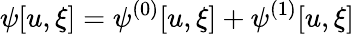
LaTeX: \psi[u,\xi]=\psi^{(0)}[u,\xi]+\psi^{(1)}[u,\xi]